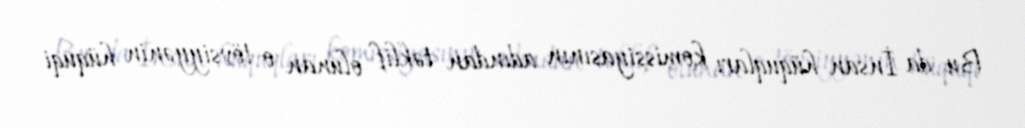
Bu da İnsan hüquqları komissiyasının adından təklif olunan o tövsiyyənin hüquqi